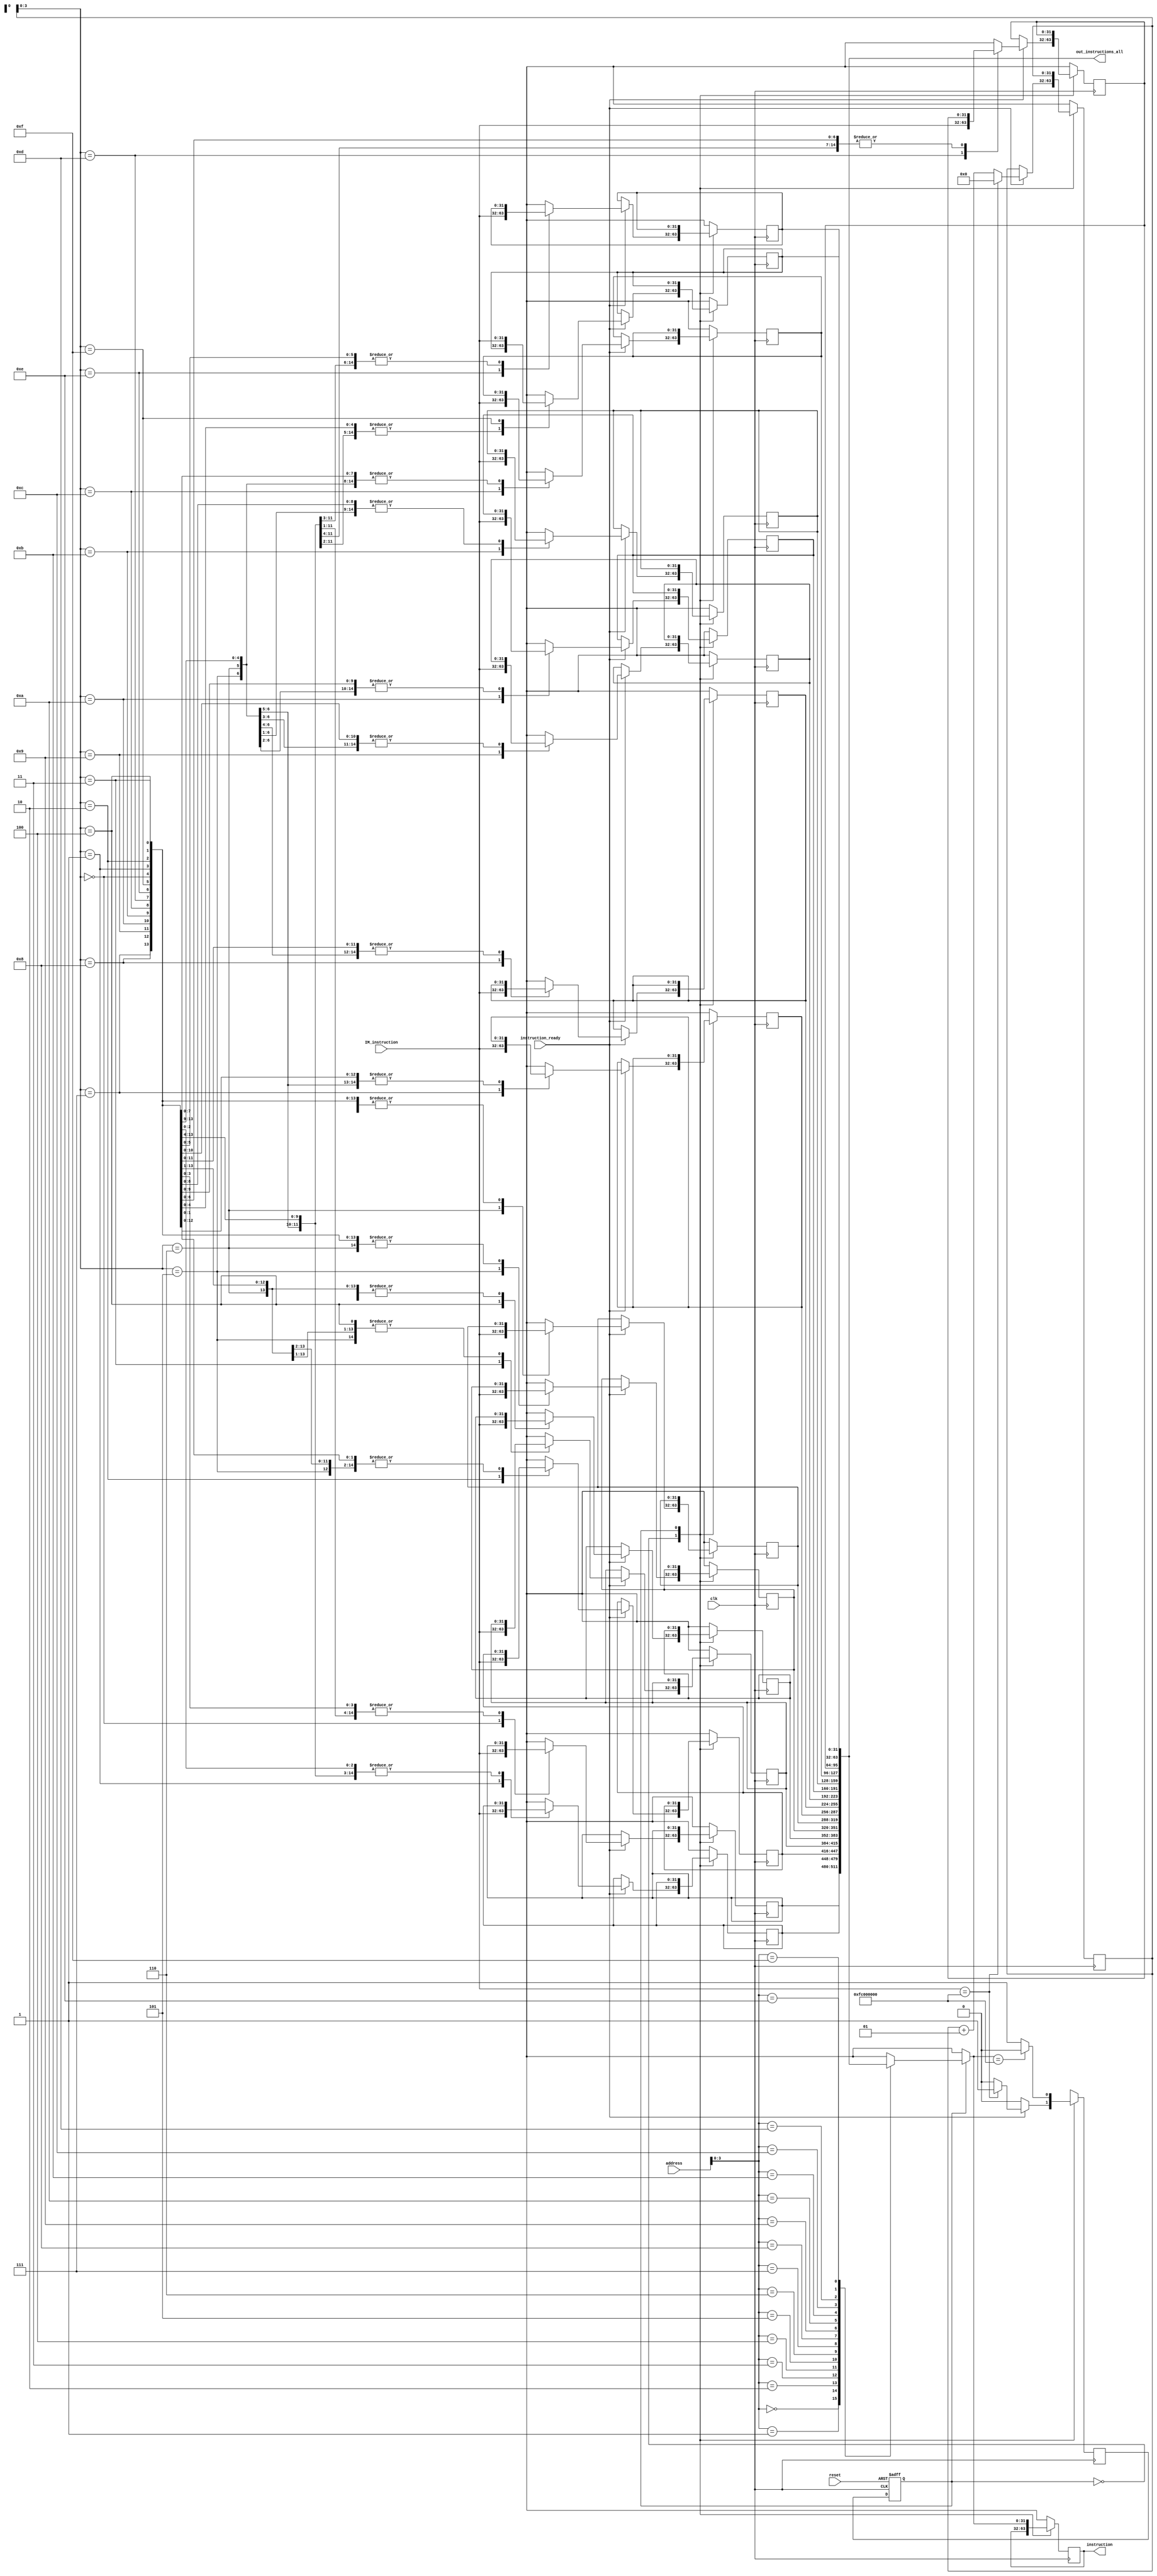
`timescale 1ns / 1ps

module IM(
    //INPUTS
    input wire clk,
    input wire reset,
    input wire [31:0] address,       //Es de 5 bits porque supuse que son 32 instrucciones nada mas.
    input wire instruction_ready,   //Se pone en 1 cuando se recibe una instruccion por UART
    input wire  [31:0] IM_instruction, //Instruccion proveniente de UART
    //OUTPUTS
    output wire [31:0] instruction, //Para enviar a siguiente etapa
    output wire [511:0] out_instructions_all    //Para transmision
    );
    
    reg [31:0] instruction_temp;
    reg [31:0] instructions [0:15];
    reg start = 0;
    integer counter = 0;
    reg state_next, state_reg;
    
    localparam [31:0] HLT = 32'b111111_00000000000000000000000000; 
    localparam
        loading = 0,
        execute = 1;
    
    always@(posedge clk, posedge reset)
    begin
        if(reset) begin
            state_reg <= loading;
        end
        else begin
            state_reg <= state_next;
        end
    end
          
    always@(negedge clk)
    begin
      state_next = state_reg;
      case(state_reg)
          
          loading:begin
            if(instruction_ready) begin
              instructions[counter] = IM_instruction;
              counter = counter + 1;
              if(IM_instruction == HLT) begin
                  counter = 0;
                  state_next = execute;
              end
            end
          end
          
          execute: begin
              instruction_temp = instructions[address];
              if(instruction_temp == HLT) begin
                  state_next = loading;
              end
          end
          
       endcase
    end
            
//    always@(posedge clk)
//    begin
////        if(start)
////            instruction_temp = instructions[address];
////            if(IM_instruction == HLT) begin
////                start = 0;
////            end
      
//        case(address)     
////            Programa 1
////            0: instruction_temp=32'b000000_00001_00010_00001_00000_100001;        //ADDU $1,$1,$2 
////            1: instruction_temp=32'b000000_00100_00001_00011_00000_100011;        //SUBU $3,$4,$1
////            2: instruction_temp=32'b000000_00001_00011_00001_00000_100001;        //ADDU $1,$1,$3
////            3: instruction_temp=32'b111111_00000_00000_00000_00000_000000;        //HLT
            
////            Programa 2
////            0: instruction_temp=32'b000000_00001_00010_00001_00000_100001;        //ADDU $1,$1,$2
////            1: instruction_temp=32'b000000_00001_00011_00001_00000_100001;        //ADDU $1,$1,$3
////            2: instruction_temp=32'b000000_00001_00100_00001_00000_100001;        //ADDU $1,$1,$4
////            3: instruction_temp=32'b000000_00001_00101_00001_00000_100001;        //ADDU $1,$1,$5
////            4: instruction_temp=32'b111111_00000_00000_00000_00000_000000;        //HLT
            
////            Programa 3 - Pagina 297
////            0: instruction_temp=32'b100011_00100_01010_0000000000000001;          //lw $10, 1($4)
////            1: instruction_temp=32'b000000_00011_00010_01011_00000_100011;        //subu $11, $3, $2
////            2: instruction_temp=32'b000000_00011_00100_01100_00000_100001;        //addu $12, $3, $4
////            3: instruction_temp=32'b100011_00101_01101_0000000000000001;          //lw $13, 1($5)
////            4: instruction_temp=32'b000000_00101_00110_01110_00000_100001;        //add $14, $5, $6
////            5: instruction_temp=32'b111111_00000_00000_00000_00000_000000;        //hlt

////            Programa 4 - Pagina 304
////            0: instruction_temp=32'b000000_00011_00001_00010_00000_100011;        //sub $2, $3,$1
////            1: instruction_temp=32'b000000_00010_00101_01100_00000_100100;        //and $12,$2,$5
////            2: instruction_temp=32'b000000_00110_00010_01101_00000_100101;        //or $13,$6,$2 
////            3: instruction_temp=32'b000000_00010_00010_01110_00000_100001;        //add $14,$2,$2 
////            4: instruction_temp=32'b101011_00010_01100_0000000000001010;          //sw $12,10($2)
////            5: instruction_temp=32'b111111_00000_00000_00000_00000_000000;        //hlt

////              Programa 5  
////            0: instruction_temp = 32'b000000_01000_00100_01010_00000_100011;      //subU $10, $8, $4
////            1: instruction_temp = 32'b000100_00001_00001_0000000000000100;        //beq  $1,  $1, 4        1 + 4 + 1 = 6
////            2: instruction_temp = 32'b000000_00010_00101_01100_00000_100100;      //and  $12, $2, $5
////            3: instruction_temp = 32'b000000_00010_00110_01101_00000_100101;      //or   $13, $2, $6
////            4: instruction_temp = 32'b000000_00100_00010_01110_00000_100001;      //addU $14, $4, $2
////            5: instruction_temp = 32'b000000_00110_00111_01111_00000_101010;      //slt  $15, $6, $7       6 < 7
////            6: instruction_temp = 32'b100011_00111_00100_0000000000000001;        //lw   $4,  1($7)
////            7: instruction_temp = 32'b111111_00000_00000_00000_00000_000000;      //hlt

////            Programa 6 - Usa instrucciones type-J
////            0: instruction_temp = 32'b000000_00011_00100_00101_00000_100001;        // ADDU $5,$3,$4
////            1: instruction_temp = 32'b000010_00000000000000000000000101;			  // J 5
////            2: instruction_temp = 32'b100011_00101_00110_0000000000000010;         // LW $6,2($5)
////            3: instruction_temp = 32'b101011_00001_00010_0000000000000111;         // SW $2, 7($1)
////            4: instruction_temp = 32'b001000_00011_00101_0000000000001000;         // ADDI $5,$3,8
////            5: instruction_temp = 32'b101011_00010_01001_0000000000000110;         // SW $9, 6($2)
////            6: instruction_temp = 32'b001101_00011_00111_0000000000010101;         // ORI $7,$3,21
////            7: instruction_temp = 32'b100011_00111_01110_0000000000000011;         // LW $14,3($7)
////            8: instruction_temp = 32'b111111_00000_00000_00000_00000_000000;    	  // HLT
        
            
        
//            0: instruction_temp = 32'b100011_00101_00010_0000000000000100;	      // LW $2,4($5) 	$2 = 9
//            1: instruction_temp = 32'b001000_00010_00010_0000000000000001;         // ADDI $2,$2,1
//            2: instruction_temp = 32'b000101_00010_01100_1111111111111110;         // BNE $2,$12,-2
//            3: instruction_temp = 32'b000010_00000000000000000000000110;			  // J 6
//            4: instruction_temp = 32'b001101_00011_00111_0000000000010101;         // ORI $7,$3,21
//            5: instruction_temp = 32'b000000_00011_00100_00101_00000_100001;       // ADDU $5,$3,$4
//            6: instruction_temp = 32'b101011_00001_00010_0000000000000000;         // SW $2, 0($1)
//            7: instruction_temp = 32'b111111_00000_00000_00000_00000_000000;    	 // HLT

//            default: instruction_temp=32'b111111_00000_00000_00000_00000_000000;
//        endcase
//    end
    
    assign instruction = instruction_temp;
    assign out_instructions_all = {
        instructions[0],instructions[1],instructions[2],instructions[3],
        instructions[4],instructions[5],instructions[6],instructions[7],
        instructions[8],instructions[9],instructions[10],instructions[11],
        instructions[12],instructions[13],instructions[14],instructions[15]
        };
endmodule